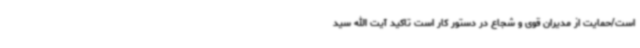
است/حمایت از مدیران قوی و شجاع در دستور کار است تاکید آیت الله سید